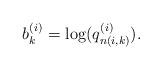
LaTeX: \begin{align*}b_k^{(i)} = \log(q_{n(i,k)}^{(i)}).\end{align*}